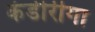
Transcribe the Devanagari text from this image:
कंडीरीगा